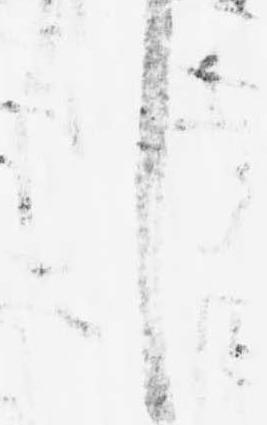
し